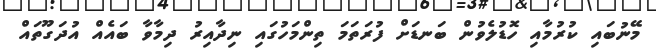
މޭނުބައި ކުރުމާއި ހޮޑުލެވުން ބަނޑަށް ފުރަތަމަ ތިންމަހުގައި ނިދާއިރު ދިމާވާ ބައެއް އުދަގޫތައް